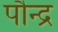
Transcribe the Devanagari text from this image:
पौन्द्र